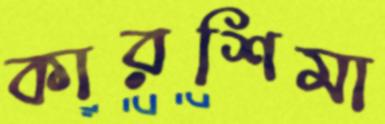
কারশিমা